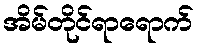
အိမ်တိုင်ရာရောက်